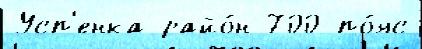
Усп'енка райо́н 700 по́яс